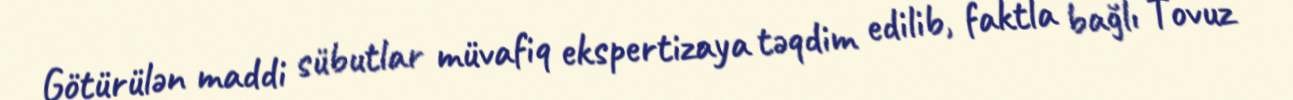
Götürülən maddi sübutlar müvafiq ekspertizaya təqdim edilib, faktla bağlı Tovuz